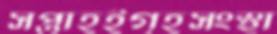
সপ্তাহইগৃহসংস্থা